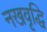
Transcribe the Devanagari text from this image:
नखवृद्धि